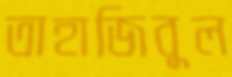
তাহাজিবুল